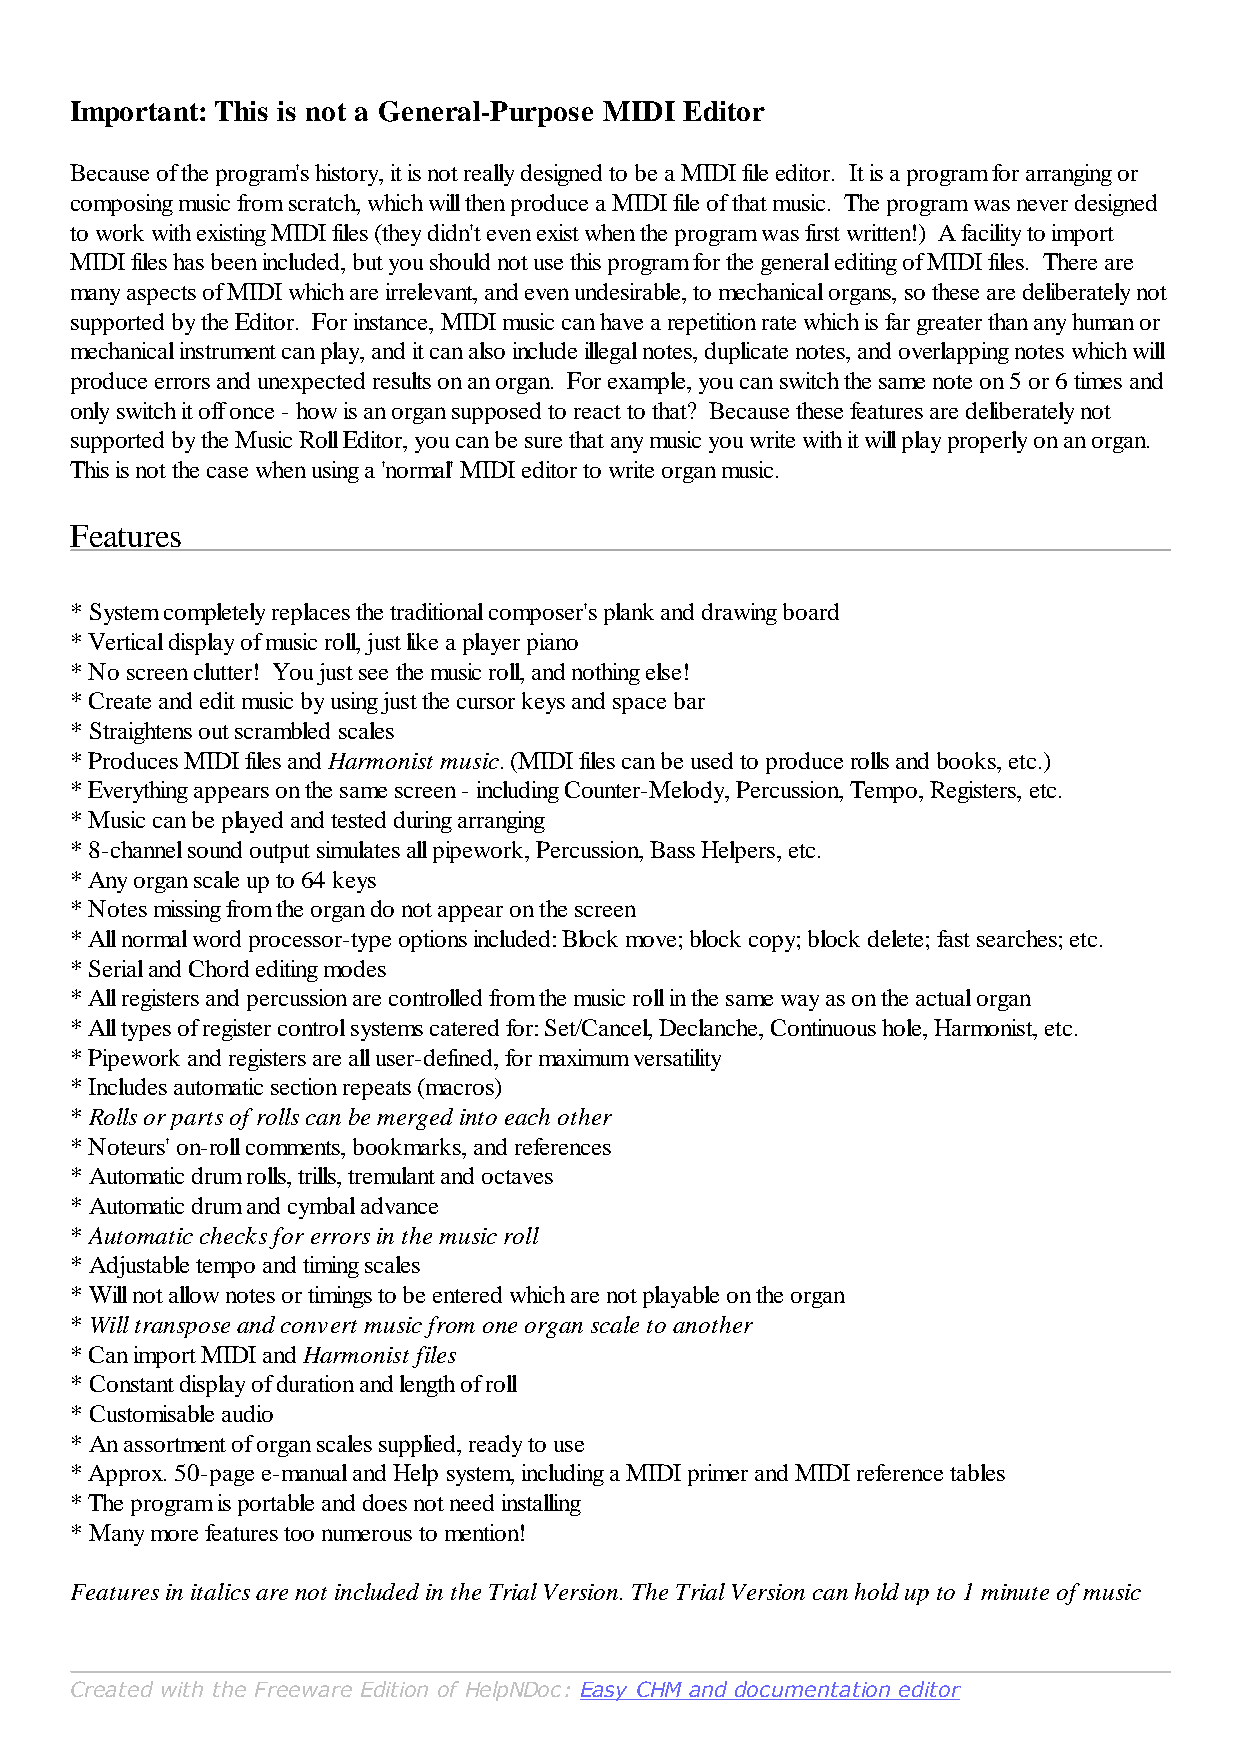
Important: This is not a General-Purpose MIDI Editor
 Because of the program's history, it is not really designed to be a MIDI file editor. It is a program for arranging or
 composing music from scratch, which will then produce a MIDI file of that music. The program was never designed
 to work with existing MIDI files (they didn't even exist when the program was first written!) A facility to import
 MIDI files has been included, but you should not use this program for the general editing of MIDI files. There are
 many aspects of MIDI which are irrelevant, and even undesirable, to mechanical organs, so these are deliberately not
 supported by the Editor. For instance, MIDI music can have a repetition rate which is far greater than any human or
 mechanical instrument can play, and it can also include illegal notes, duplicate notes, and overlapping notes which will
 produce errors and unexpected results on an organ. For example, you can switch the same note on 5 or 6 times and
 only switch it off once - how is an organ supposed to react to that? Because these features are deliberately not
 supported by the Music Roll Editor, you can be sure that any music you write with it will play properly on an organ.
 This is not the case when using a 'normal' MIDI editor to write organ music.
 Features
 * System completely replaces the traditional composer's plank and drawing board
 * Vertical display of music roll, just like a player piano
 * No screen clutter! You just see the music roll, and nothing else!
 * Create and edit music by using just the cursor keys and space bar
 * Straightens out scrambled scales
 * Produces MIDI files and Harmonist music. (MIDI files can be used to produce rolls and books, etc.)
 * Everything appears on the same screen - including Counter-Melody, Percussion, Tempo, Registers, etc.
 * Music can be played and tested during arranging
 * 8-channel sound output simulates all pipework, Percussion, Bass Helpers, etc.
 * Any organ scale up to 64 keys
 * Notes missing from the organ do not appear on the screen
 * All normal word processor-type options included: Block move; block copy; block delete; fast searches; etc.
 * Serial and Chord editing modes
 * All registers and percussion are controlled from the music roll in the same way as on the actual organ
 * All types of register control systems catered for: Set/Cancel, Declanche, Continuous hole, Harmonist, etc.
 * Pipework and registers are all user-defined, for maximum versatility
 * Includes automatic section repeats (macros)
 * Rolls or parts of rolls can be merged into each other
 * Noteurs' on-roll comments, bookmarks, and references
 * Automatic drum rolls, trills, tremulant and octaves
 * Automatic drum and cymbal advance
 * Automatic checks for errors in the music roll
 * Adjustable tempo and timing scales
 * Will not allow notes or timings to be entered which are not playable on the organ
 * Will transpose and convert music from one organ scale to another
 * Can import MIDI and Harmonist files
 * Constant display of duration and length of roll
 * Customisable audio
 * An assortment of organ scales supplied, ready to use
 * Approx. 50-page e-manual and Help system, including a MIDI primer and MIDI reference tables
 * The program is portable and does not need installing
 * Many more features too numerous to mention!
 Features in italics are not included in the Trial Version. The Trial Version can hold up to 1 minute of music
 Created with the Freeware Edition of HelpNDoc: Easy CHM and documentation editor